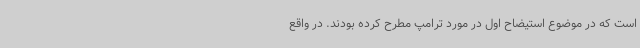
است که در موضوع استیضاح اول در مورد ترامپ مطرح کرده بودند. در واقع